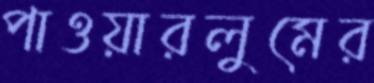
পাওয়ারলুমের